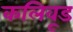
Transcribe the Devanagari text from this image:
कलिवूड